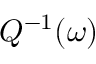
Q ^ { - 1 } ( \omega )